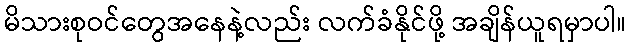
မိသားစုဝင်တွေအနေနဲ့လည်း လက်ခံနိုင်ဖို့ အချိန်ယူရမှာပါ။